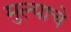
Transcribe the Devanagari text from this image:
मुल्याचे